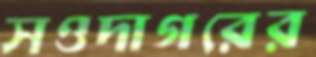
সওদাগরের